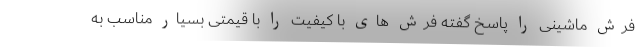
فرش ماشینی را پاسخ گفته فرش های با کیفیت را با قیمتی بسیار مناسب به